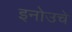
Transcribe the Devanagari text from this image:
इनोउचे